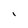
Character: I